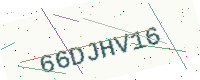
Text: 66DJHV16